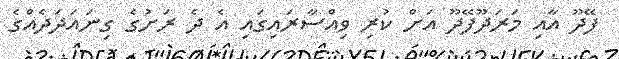
ފޭދޫ އާއި މަރަދޫފޭދޫ އަށް ކުރި ވިއްސާރައިގައި އެ ދެ ރަށުގެ ގިނައަދަދެއްގެ